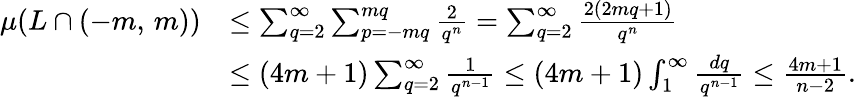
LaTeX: {\begin{array}{rl}{\mu(L\cap(-m,\, m))}&{\leq\sum_{q=2}^{\infty}\sum_{p=-mq}^{mq}{\frac{2}{q^{n}}}=\sum_{q=2}^{\infty}{\frac{2(2mq+1)}{q^{n}}}}\\ &{\leq(4m+1)\sum_{q=2}^{\infty}{\frac{1}{q^{n-1}}}\leq(4m+1)\int_{1}^{\infty}{\frac{dq}{q^{n-1}}}\leq{\frac{4m+1}{n-2}}.}\end{array}}